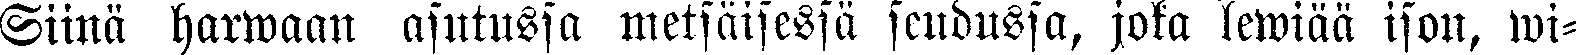
Siinä harwaan asutussa metsäisessä seudussa, joka lewiää ison, wi-